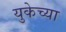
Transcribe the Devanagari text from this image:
युकेच्या